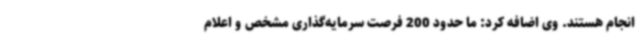
انجام هستند. وی اضافه کرد: ما حدود 200 فرصت سرمایه‌گذاری مشخص و اعلام